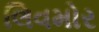
લિવમોર